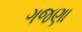
ગજણા